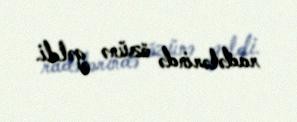
radələrində özünə gəldi.